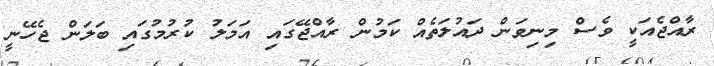
ރާއްޖެއަކީ ވެސް މިނިވަން ދައުލަތެއް ކަމުން ރާއްޖޭގައި އަމަލު ކުރުމުގައި ބަލަން ޖެހޭނީ